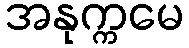
အနုက္ကမေ